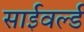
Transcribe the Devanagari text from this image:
साईवर्ल्ड